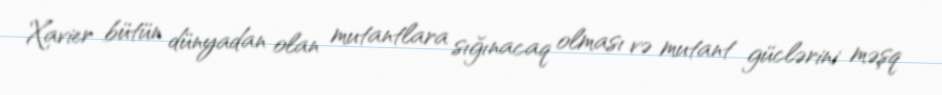
Xavier bütün dünyadan olan mutantlara sığınacaq olması və mutant güclərini məşq